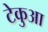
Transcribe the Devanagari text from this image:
टेकुआ